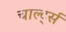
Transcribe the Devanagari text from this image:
चार्ल्ट्स